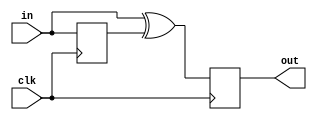
module top_module (
    input clk,
    input in,
    output reg out
);
reg previous_in; 
// initial begin
//     previous_in = 1'b0;
//     out = 1'b0;
// end
//  OJ  
always @(posedge clk) begin
    out <= in ^ previous_in; // 1
    previous_in <= in;
end
endmodule